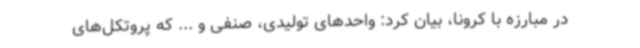
در مبارزه با کرونا، بیان کرد: واحدهای تولیدی، صنفی و ... که پروتکل‌های